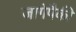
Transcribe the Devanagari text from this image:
जागेपैकी